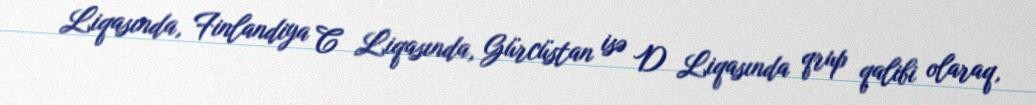
Liqasında, Finlandiya C Liqasında, Gürcüstan isə D Liqasında qrup qalibi olaraq,